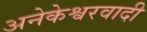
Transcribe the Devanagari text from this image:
अनेकेश्वरवादी